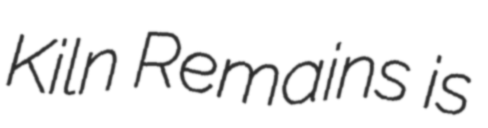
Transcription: Kiln Remains is